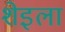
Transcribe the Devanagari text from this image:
शेइला